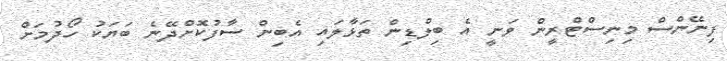
ފިނޭންސް މިނިސްޓްރީން ވަނީ އެ ބިލްޑިން ތަޅާލައި އެބިން ސާފުކޮށްދޭނެ ބަޔަކު ހޯދުމަށް